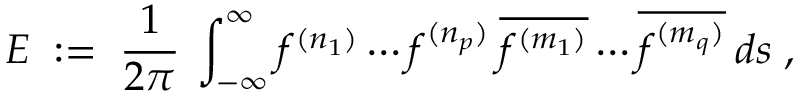
E \; : = \; \frac { 1 } { 2 \pi } \: \int _ { - \infty } ^ { \infty } f ^ { ( n _ { 1 } ) } \cdots f ^ { ( n _ { p } ) } \: \overline { { { f ^ { ( m _ { 1 } ) } } } } \cdots \overline { { { f ^ { ( m _ { q } ) } } } } \: d s \; ,